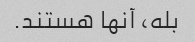
بله، آنها هستند.